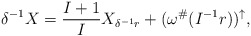
\begin{align*} \delta^{-1} X = \frac{I+1}{I} X_{\delta^{-1} r} + (\omega^\#( I^{-1} r))^{\uparrow},\end{align*}